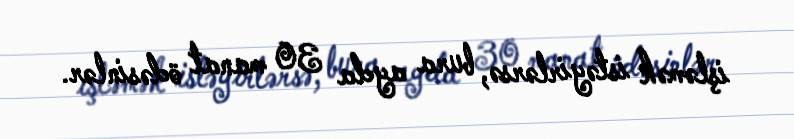
işləmək istəyirlərsə, bura ayda 30 manat ödəsinlər.